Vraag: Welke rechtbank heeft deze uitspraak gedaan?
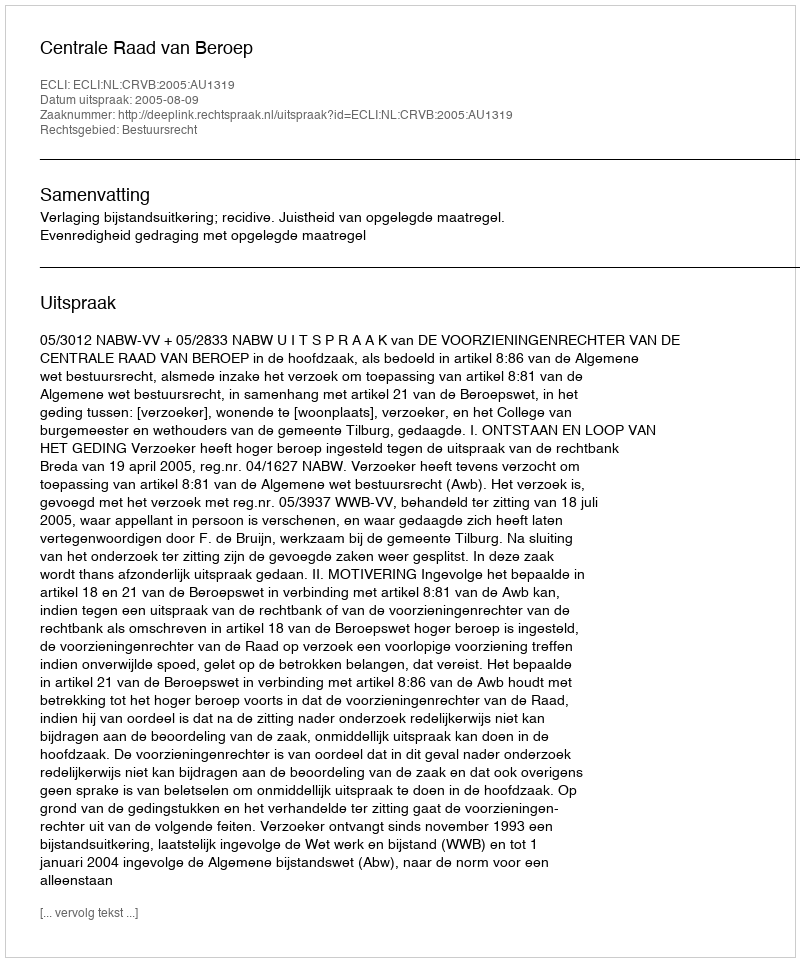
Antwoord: Centrale Raad van Beroep